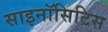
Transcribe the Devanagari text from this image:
साइनॉसिटिस